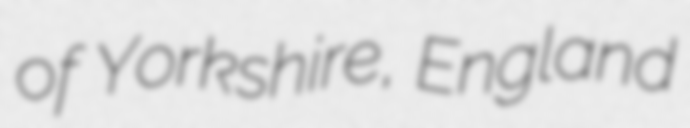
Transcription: of Yorkshire, England